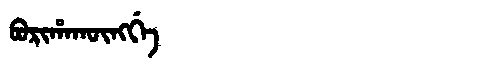
Manchu: ᠪᠣᡵᡳᡥᠠᡴᡡᠩᡤᡝ
Romanization: BORIHAKŪNGGE